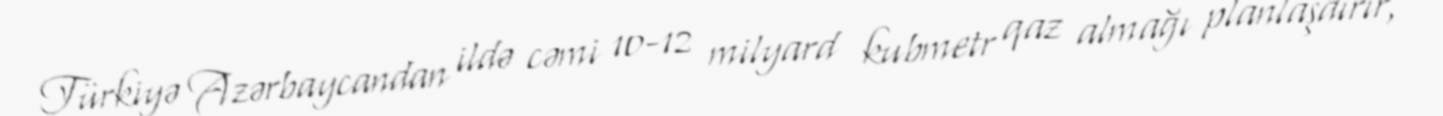
Türkiyə Azərbaycandan ildə cəmi 10-12 milyard kubmetr qaz almağı planlaşdırır,